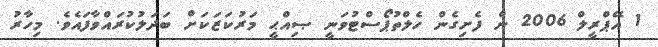
1 އޭޕްރީލް 2006 ން ފެށިގެން ހެލްތުޕޯސްޓުވަނީ ޞިއްޙީ މަރުކަޒަކަށް ބަދަލުކުރައްވާފައެވެ. މިހާރު